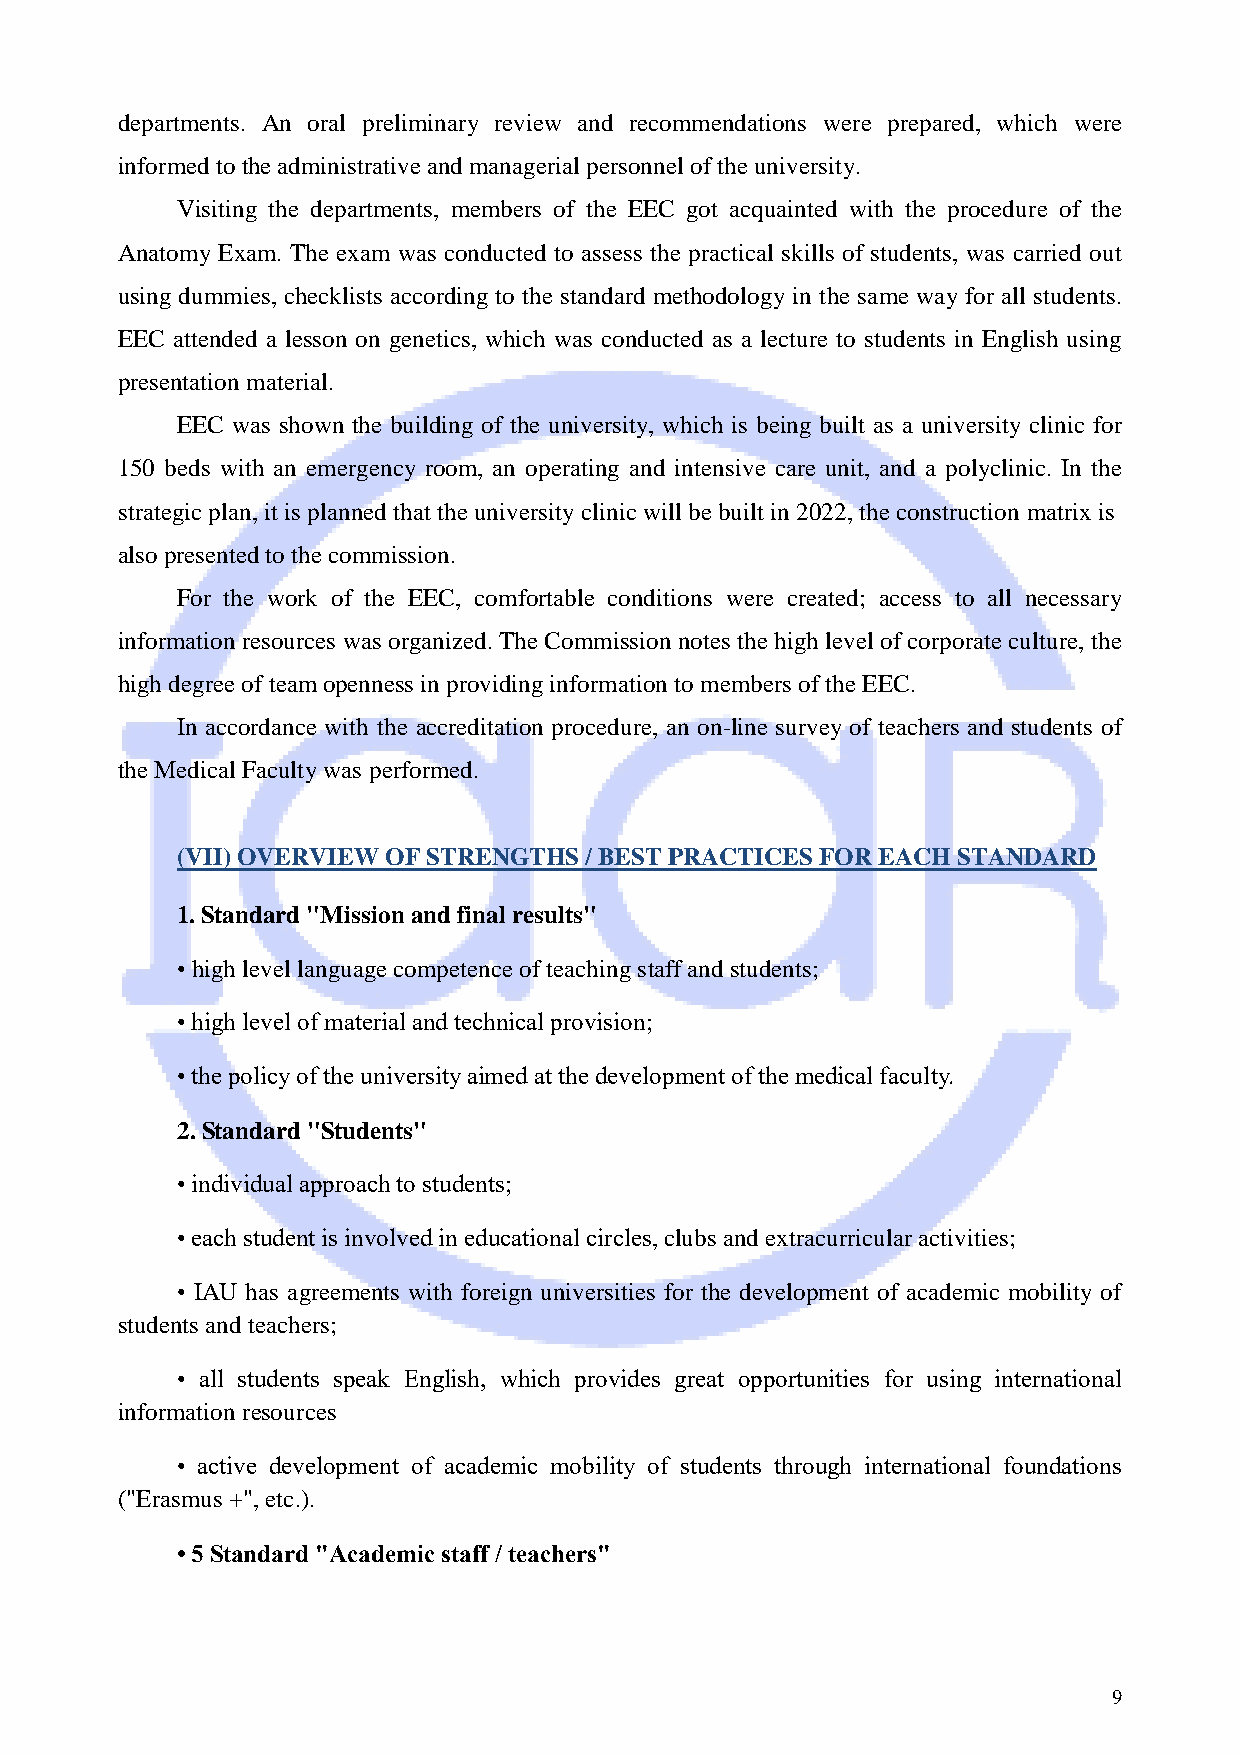
departments. An oral preliminary review and recommendations were prepared, which were
 informed to the administrative and managerial personnel of the university.
 Visiting the departments, members of the EEC got acquainted with the procedure of the
 Anatomy Exam. The exam was conducted to assess the practical skills of students, was carried out
 using dummies, checklists according to the standard methodology in the same way for all students.
 EEC attended a lesson on genetics, which was conducted as a lecture to students in English using
 presentation material.
 EEC was shown the building of the university, which is being built as a university clinic for
 150 beds with an emergency room, an operating and intensive care unit, and a polyclinic. In the
 strategic plan, it is planned that the university clinic will be built in 2022, the construction matrix is
 also presented to the commission.
 For the work of the EEC, comfortable conditions were created; access to all necessary
 information resources was organized. The Commission notes the high level of corporate culture, the
 high degree of team openness in providing information to members of the EEC.
 In accordance with the accreditation procedure, an on-line survey of teachers and students of
 the Medical Faculty was performed.
 (VII) OVERVIEW OF STRENGTHS / BEST PRACTICES FOR EACH STANDARD
 1. Standard "Mission and final results"
 • high level language competence of teaching staff and students;
 • high level of material and technical provision;
 • the policy of the university aimed at the development of the medical faculty.
 2. Standard "Students"
 • individual approach to students;
 • each student is involved in educational circles, clubs and extracurricular activities;
 • IAU has agreements with foreign universities for the development of academic mobility of
 students and teachers;
 • all students speak English, which provides great opportunities for using international
 information resources
 • active development of academic mobility of students through international foundations
 ("Erasmus +", etc.).
 • 5 Standard "Academic staff / teachers"
 9